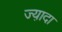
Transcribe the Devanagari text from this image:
ज्या़दा